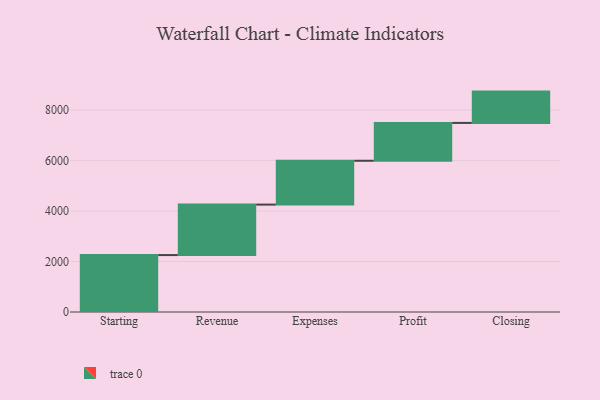
{"axis": {"x": "Step", "y": "Value"}, "legend": [""], "data": [{"x": "Starting", "y": 2254.0, "type": ""}, {"x": "Revenue", "y": 1998.0, "type": ""}, {"x": "Expenses", "y": 1736.0, "type": ""}, {"x": "Profit", "y": 1498.0, "type": ""}, {"x": "Closing", "y": 1240.0, "type": ""}]}